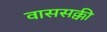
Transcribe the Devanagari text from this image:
वाससक्की